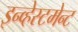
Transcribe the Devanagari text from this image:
इन्व्हेस्टमेन्ट